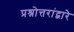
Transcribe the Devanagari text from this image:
प्रश्नोत्तरांद्वारे